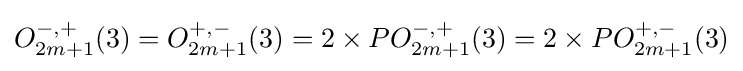
O_{2m+1}^{-,+}(3)=O_{2m+1}^{+,-}(3)=2\times PO_{2m+1}^{-,+}(3)=2\times PO_{2m+1}^{+,-}(3)